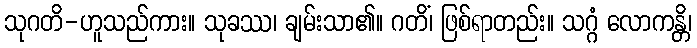
သုဂတိ-ဟူသည်ကား။ သုခဿ၊ ချမ်းသာ၏။ ဂတိံ၊ ဖြစ်ရာတည်း။ သဂ္ဂံ လောကန္တိ၊